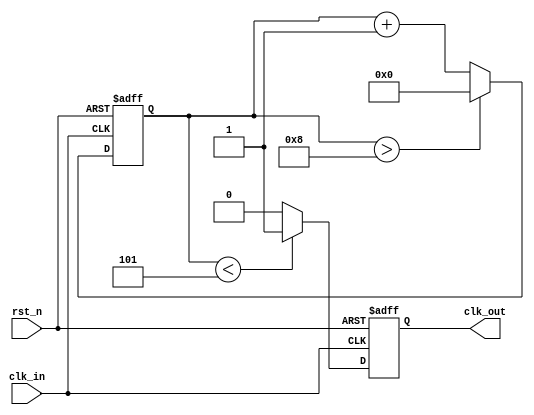
 module ClockDIV( 
   clk_in, 
  clk_out, 
   rst_n 
); 
 input clk_in,rst_n; 
 output clk_out; 
 parameter N = 10; 
 
 
reg [15:0] clk_cnt; 
reg clk_out; 
 
always @ ( posedge clk_in or negedge rst_n ) begin 
  if(!rst_n) begin 
    clk_cnt <= 0; 
	 clk_out <= 0; 
   end 
  else begin 
  	 clk_cnt <= clk_cnt + 1; 

 
    if(clk_cnt < (N/2)) begin 
      clk_out <= 1'b1; 
     end 
     else begin 
      clk_out <= 1'b0; 
    end 

 
    if(clk_cnt > N-2 ) begin 
      clk_cnt <= 0; 
     end 
 	end 
end 

 
endmodule